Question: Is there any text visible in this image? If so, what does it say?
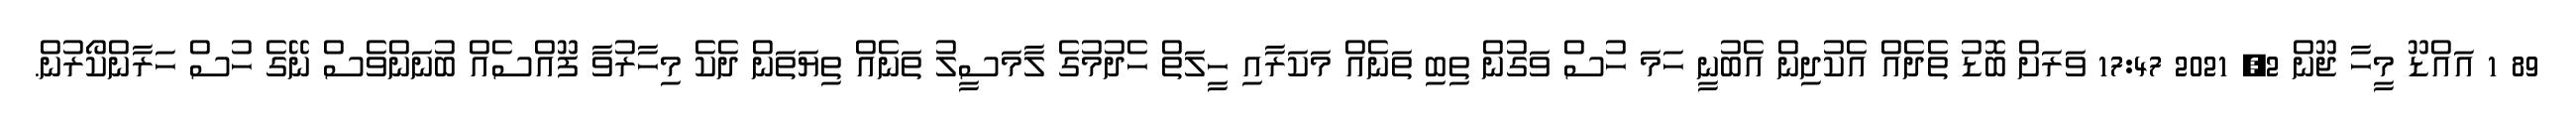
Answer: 89 1 އައްޑޫ މީހާ ޖޫން 2, 2021 17:47 ވަރަށް ބޮޑު ތެދެއް އެކުދިން އެބުނީ ހަމަ ހުސް ވަގުން ތިބި ތަނެއް މަކަރާއި ހީލަތް ހެދުމުގެ ލާމަސީލު ތަނެއް ތިޔަތަން ދެކެ މިހާރުވާ ފޫއްސެއް ބުނަންވެސް ނޭގެ ހުސް ހަރާންކޯރުން.